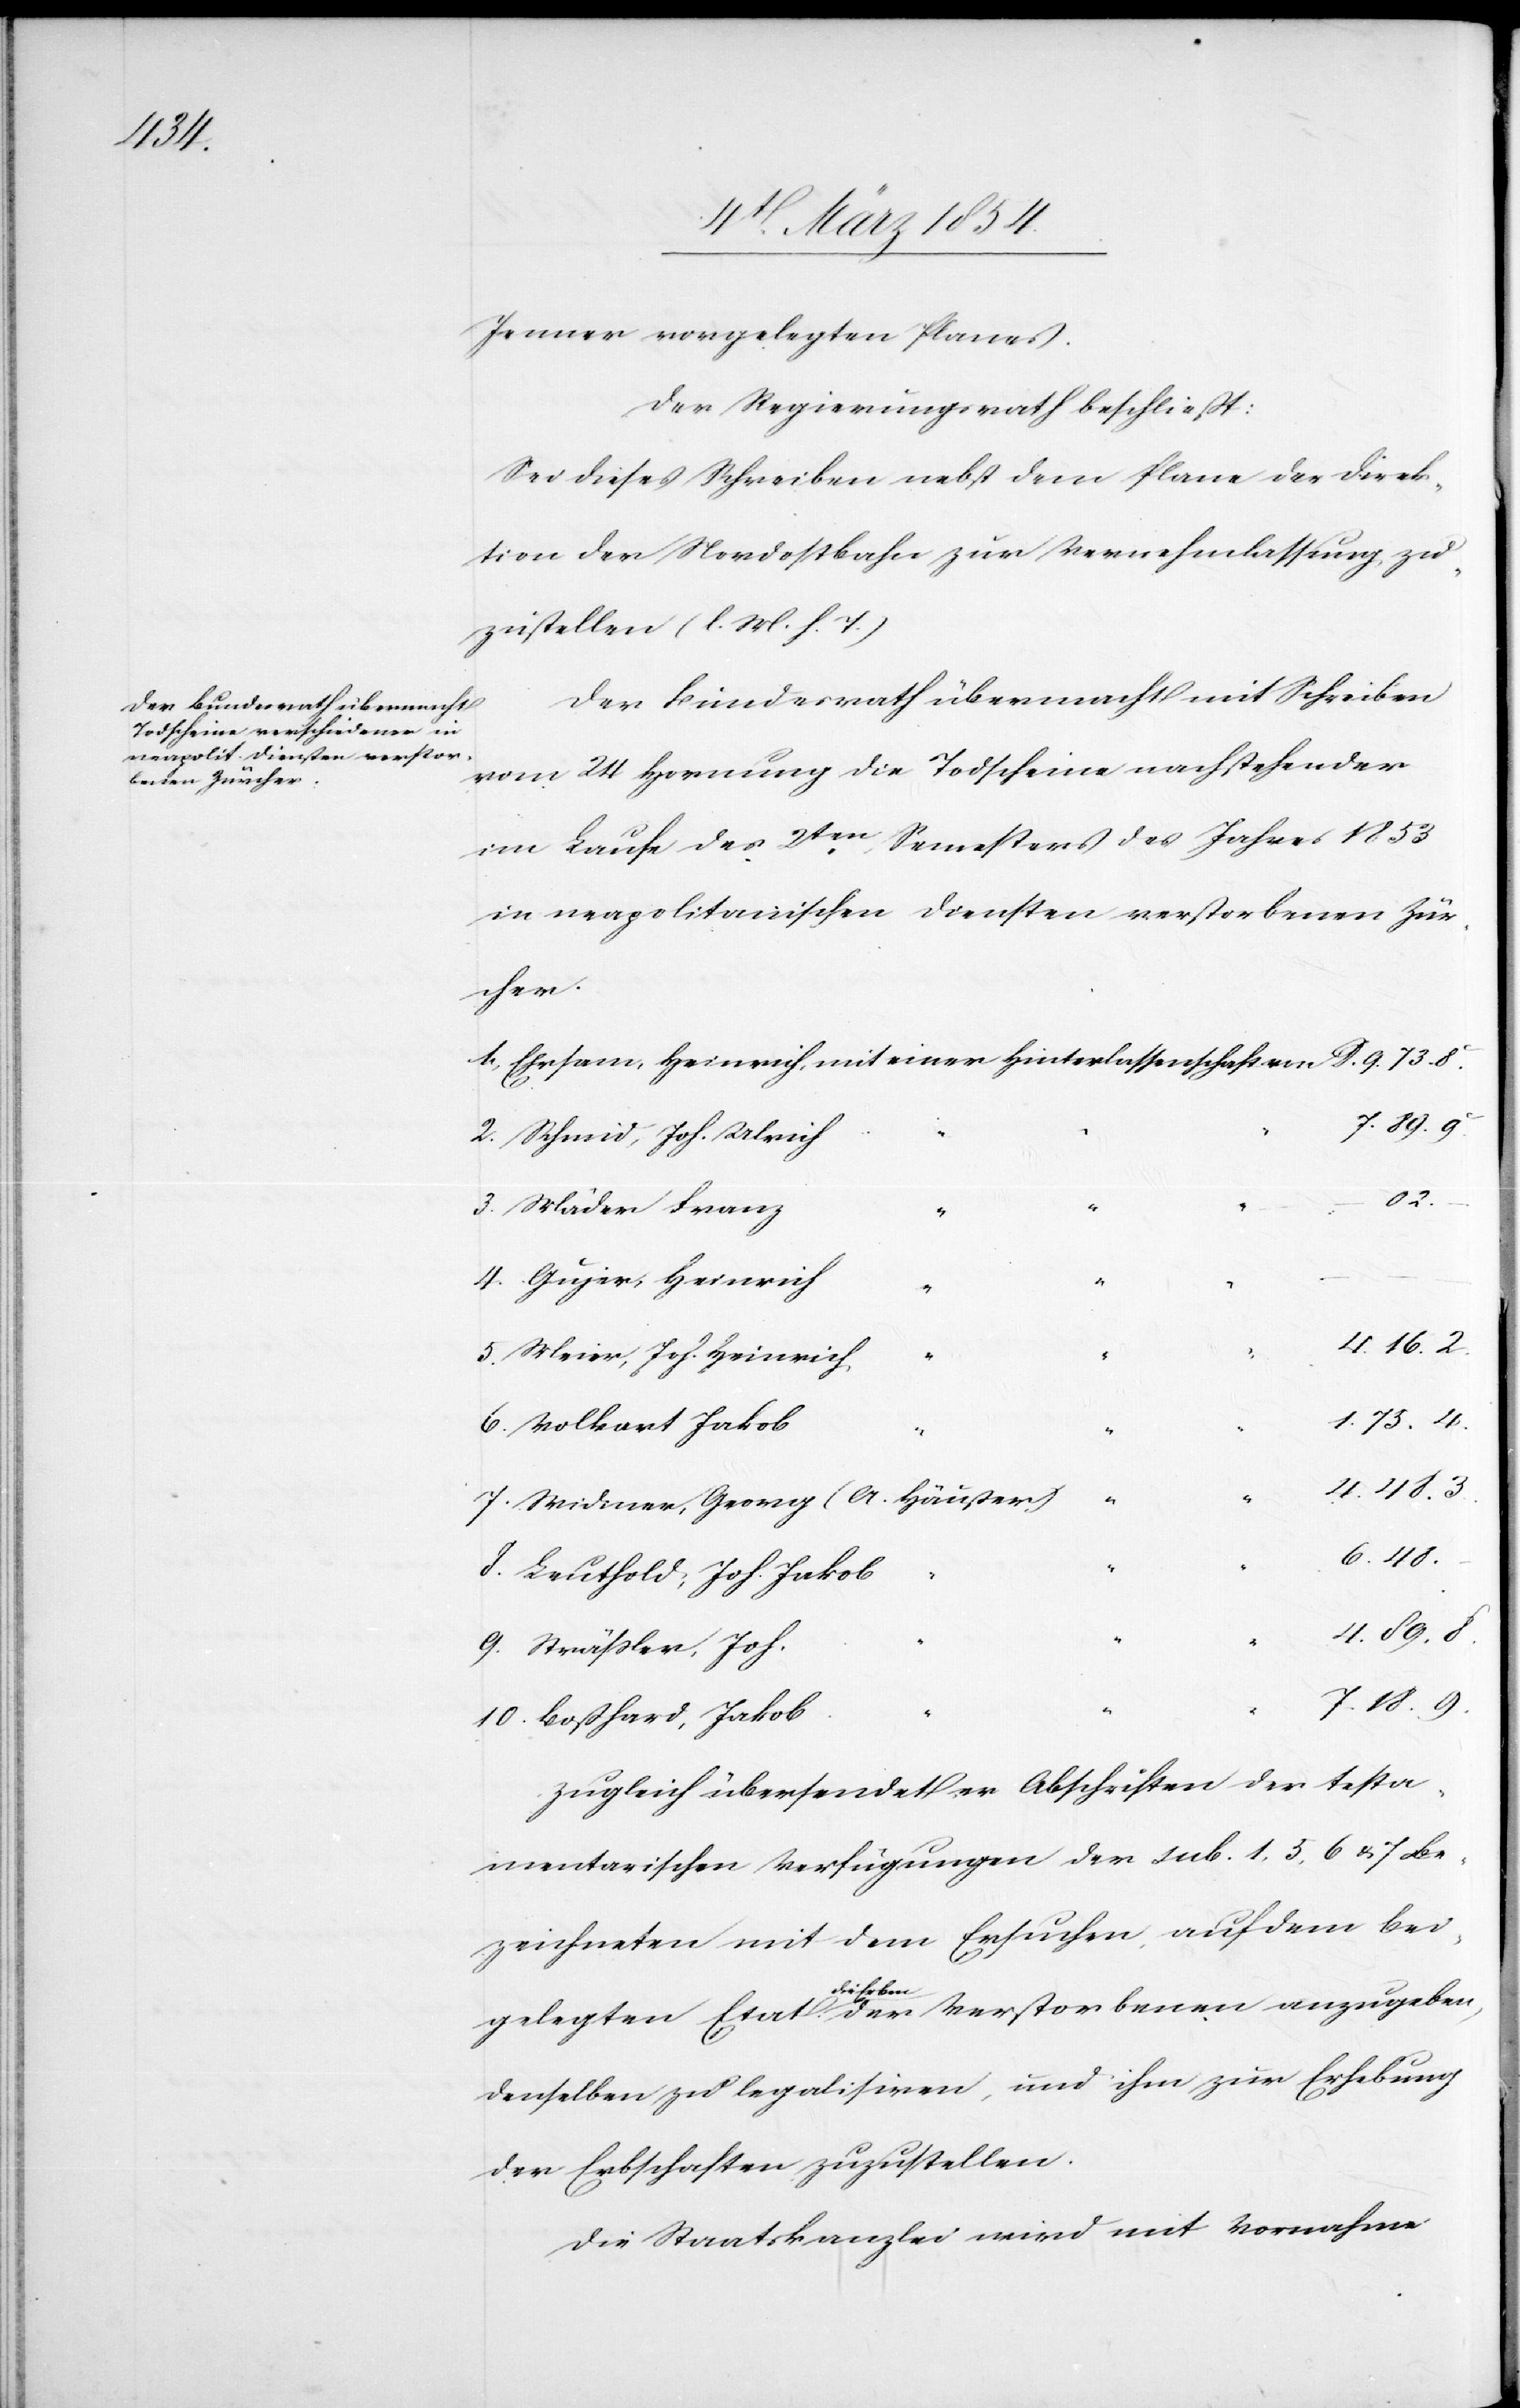
10.

Jenner vorgelegten Planes.
Der Regierungsrath beschließt:
Sei dieses Schreiben nebst dem Plane der Direk¬
tion der Nordostbahn zur Vernehmlassung zu¬
zustellen (l. M. h. T.)[.]
Der Bundesrath übermacht mit Schreiben
vom 24 Hornung die Todscheine nachstehender
im Laufe des 2ten Semesters des Jahres 1853
in neapolitanischen Diensten verstorbenen Zür¬
cher.
Schmid, Joh. Ulrich
der
4.48.3.
„
Meier, Joh. Heinrich
6.48.
Leuthold, Joh. Jakob
4.89.8.
Sträßler, Joh.
7.18.9.
Boßhard, Jakob
Zugleich übersendet er Abschriften der testa¬
mentarischen Verfügungen der sub. 1, 5, 6 u. 7 Be¬
zeichneten mit dem Ersuchen, auf dem bei¬
a-die Erben-a
denselben zu legalisiren, und ihm zur Erhebung
der Erbschaften zuzustellen.
Die Staatskanzlei wird mit Vornahme